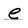
Character: e